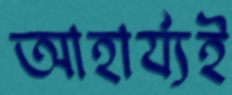
আহার্য্যই